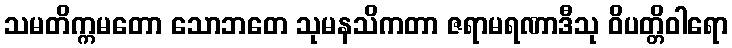
သမတိက္ကမတော သောဘတေ သုမနသိကတာ ဇရာမရဏာဒီသု ဝိပတ္တိဝါရော